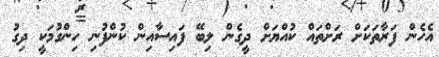
އެހެން ފަރާތަކަށް ރަށްތައް ކުއްޔަށް ދީގެން ލިބޭ ފައިސާއިން ކުންފުނި ހިންގުމަކީ ދިގު